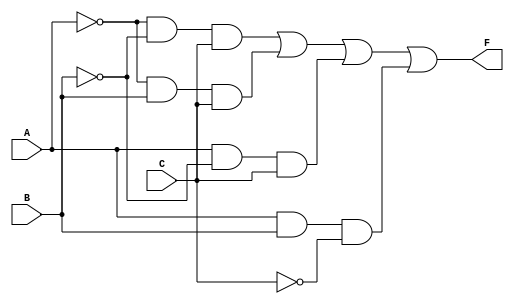
module combinational_logic_block (
    input wire A,    // Input variable A
    input wire B,    // Input variable B
    input wire C,    // Input variable C
    output wire F    // Output variable F
);

// Intermediate signals for the product terms
wire term1; // A'B'C
wire term2; // A'BC
wire term3; // AB'C
wire term4; // ABC'

// Implementing the product terms
assign term1 = ~A & ~B & C;  // A'B'C
assign term2 = ~A & B & C;   // A'BC
assign term3 = A & ~B & C;   // AB'C
assign term4 = A & B & ~C;   // ABC'

// Combining the product terms to get the final output F
assign F = term1 | term2 | term3 | term4; // F = A'B'C + A'BC + AB'C + ABC'

endmodule